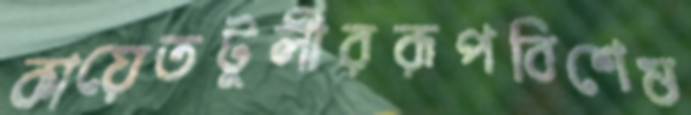
কায়েতটুলীররূপবিশেষ